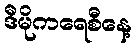
ဒီမိုကရေစီနေ့